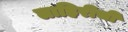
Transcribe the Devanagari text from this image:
लाहिरीची